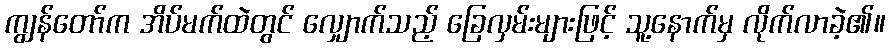
ကျွန်တော်က အိပ်မက်ထဲတွင် လျှောက်သည့် ခြေလှမ်းများဖြင့် သူ့နောက်မှ လိုက်လာခဲ့၏။